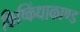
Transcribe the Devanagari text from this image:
किष्किंधाकाण्ड